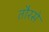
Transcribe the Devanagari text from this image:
तौरसे